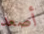
أصعد